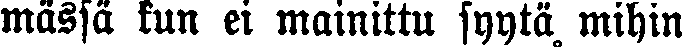
mässä kun ei mainittu syytä, mihin